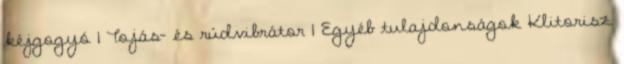
kéjgogyó 1 Tojás- és rúdvibrátor 1 Egyéb tulajdonságok Klitorisz